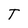
Character: T